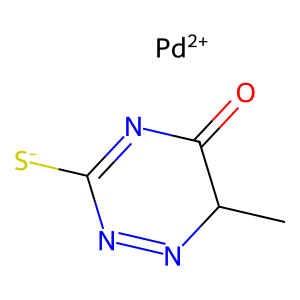
SMILES: CC1N=NC([S-])=NC1=O.[Pd+2]
Inhibits HIV replication: No